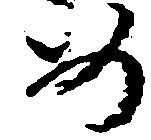
め